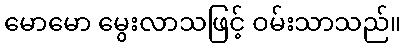
မောမော မွေးလာသဖြင့် ဝမ်းသာသည်။